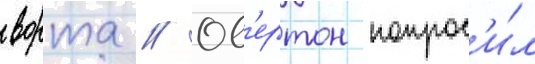
ворта // Ов'ертон попрос'и́л